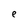
Character: t